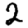
Digit: 2